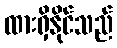
ထားရှိနိုင်သည်